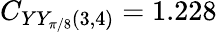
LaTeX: C_{YY_{\pi/8}(3,4)}=1.228